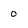
Character: 0